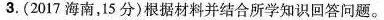
3.(2017海南，15分)根据材料并结合所学知识回答问题。